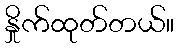
နှိုက်ထုတ်တယ်။